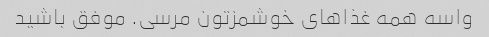
واسه همه غذاهای خوشمزتون مرسی. موفق باشید